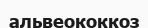
альвеококкоз